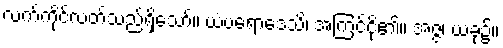
လက်ကိုင်လတ်သည်ရှိသော်။ ယံပရောဒေသိ၊ အကြင်ငို၏။ အဇ္ဇ၊ ယခု၌။